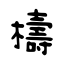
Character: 檮